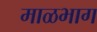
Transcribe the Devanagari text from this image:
माळभाग